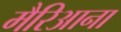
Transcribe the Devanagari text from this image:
मैरिआना